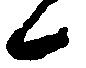
候